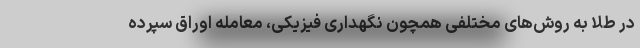
در طلا به روش‌های مختلفی همچون نگهداری فیزیکی، معامله اوراق سپرده